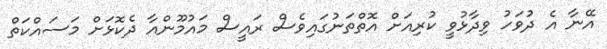
އޭނާ އެ ދުވަހު ވިދާޅުވީ ކުރިއަށް އޮތްތަނުގައިވެސް ރައީސް މައުމޫންއާ ދެކޮޅަށް މަސައްކަތް